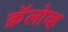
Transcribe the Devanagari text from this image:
क्रॅलोव्ह